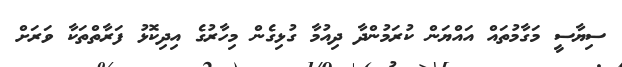
ސިޔާސީ މަގާމުތައް އައްޔަން ކުރަމުންދާ ދިއުމާ ގުޅިގެން މިހާރުގެ އިދިކޮޅު ފަރާތްތަކާ ވަރަށް